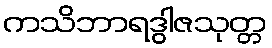
ကသိဘာရဒွါဇသုတ္တ